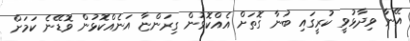
އޭނާ ވިދާޅުވީ ކުރީގައި ބުނާ ގޮތަށް އެއްކޮޅުން ގިރަންޏާ އަނެއްކޮޅުން ވޮޑޭނެ ކަމަށް